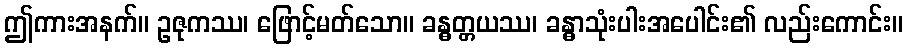
ဤကားအနက်။ ဥဇုကဿ၊ ဖြောင့်မတ်သော။ ခန္ဓတ္တယဿ၊ ခန္ဓာသုံးပါးအပေါင်း၏ လည်းကောင်း။